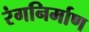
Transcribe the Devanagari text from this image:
रंगनिर्माण